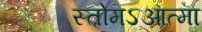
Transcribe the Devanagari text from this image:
स्तोमऽआत्मा